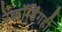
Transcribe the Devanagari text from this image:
रेकॉर्डिंगही